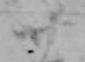
廿